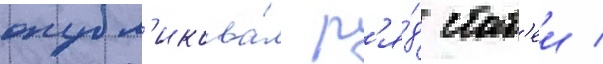
опубл'икова́л р'я́д стат'еи /